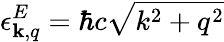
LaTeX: \epsilon_{{\mathbf k},q}^{E}=\hbar c\sqrt{k^{2}+q^{2}}